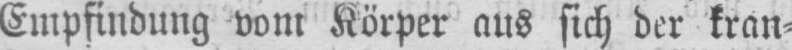
Empfindung vom Körper aus sich der kran⸗